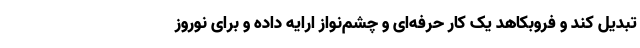
تبدیل کند و فروبکاهد یک کار حرفه‌ای و چشم‌نواز ارایه داده و برای نوروز